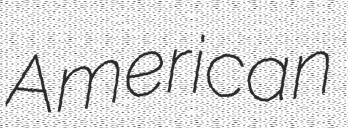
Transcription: American